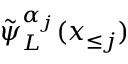
\tilde { \psi } _ { L } ^ { \alpha _ { j } } ( \boldsymbol x _ { \le j } )